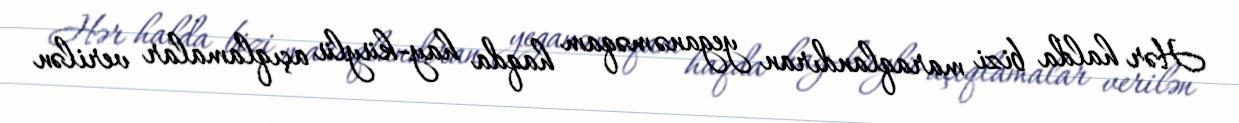
Hər halda bizi maraqlandıran yeganə məqam haqda hay-küylü açıqlamalar verilən